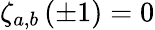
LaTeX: \zeta_{a,b}\left(\pm 1\right)=0